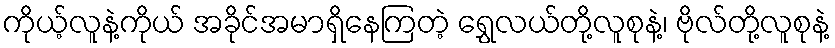
ကိုယ့်လူနဲ့ကိုယ် အခိုင်အမာရှိနေကြတဲ့ ရွှေလယ်တို့လူစုနဲ့၊ ဗိုလ်တို့လူစုနဲ့